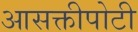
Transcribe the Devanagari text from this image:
आसक्तीपोटी